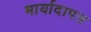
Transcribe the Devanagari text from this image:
मार्यादापत्र